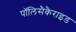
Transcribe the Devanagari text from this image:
पॉलिसैकैराइड